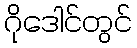
ဂိုဒေါင်တွင်